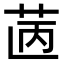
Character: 𦭯